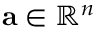
\mathbf { a } \in \mathbb { R } ^ { n }